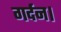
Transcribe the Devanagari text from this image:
गर्दन।